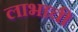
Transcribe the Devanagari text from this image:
लाभाची